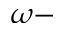
\omega -